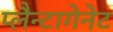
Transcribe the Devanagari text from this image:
प्लैन्टागेनेट